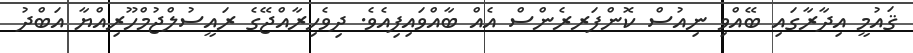
ޤައުމީ އިދާރާގައި ބޭއްވި ނިއުސް ކޮންފަރރެންސް އެއް ބާއްވައިފިއެވެ. ދިވެހިރާއްޖޭގެ ރައީސުލްޖުމްހޫރިއްޔާ އަބްދު